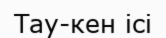
Тау-кен ісі